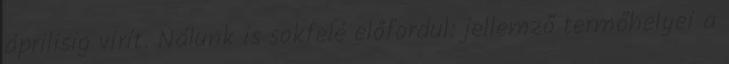
áprilisig virít. Nálunk is sokfelé előfordul: jellemző termőhelyei a